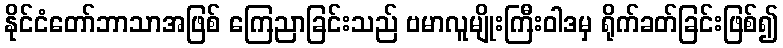
နိုင်ငံတော်ဘာသာအဖြစ် ကြေညာခြင်းသည် ဗမာလူမျိုးကြီးဝါဒမှ ရိုက်ခတ်ခြင်းဖြစ်၍